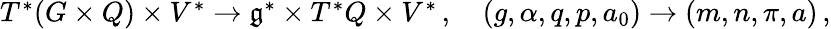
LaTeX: \begin{array}{r}{T^{*}(G\times Q)\times V^{*}\rightarrow\mathfrak{g}^{*}\times T^{*}Q\times V^{*}\, ,\quad(g,\alpha,q,p,a_{0})\rightarrow(m,n,\pi,a)\, ,}\end{array}